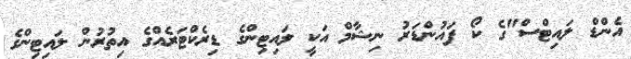
އެންޑް ލައިޓްސް"ގެ ކޯ ފައުންޑަރު ނިޝާމް އަކީ ލައިޓިންގެ ޑިރެކްޓަރެއްގެ އިތުރުން ލައިޓިންގެ